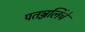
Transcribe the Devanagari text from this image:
पतञ्जलिंचे